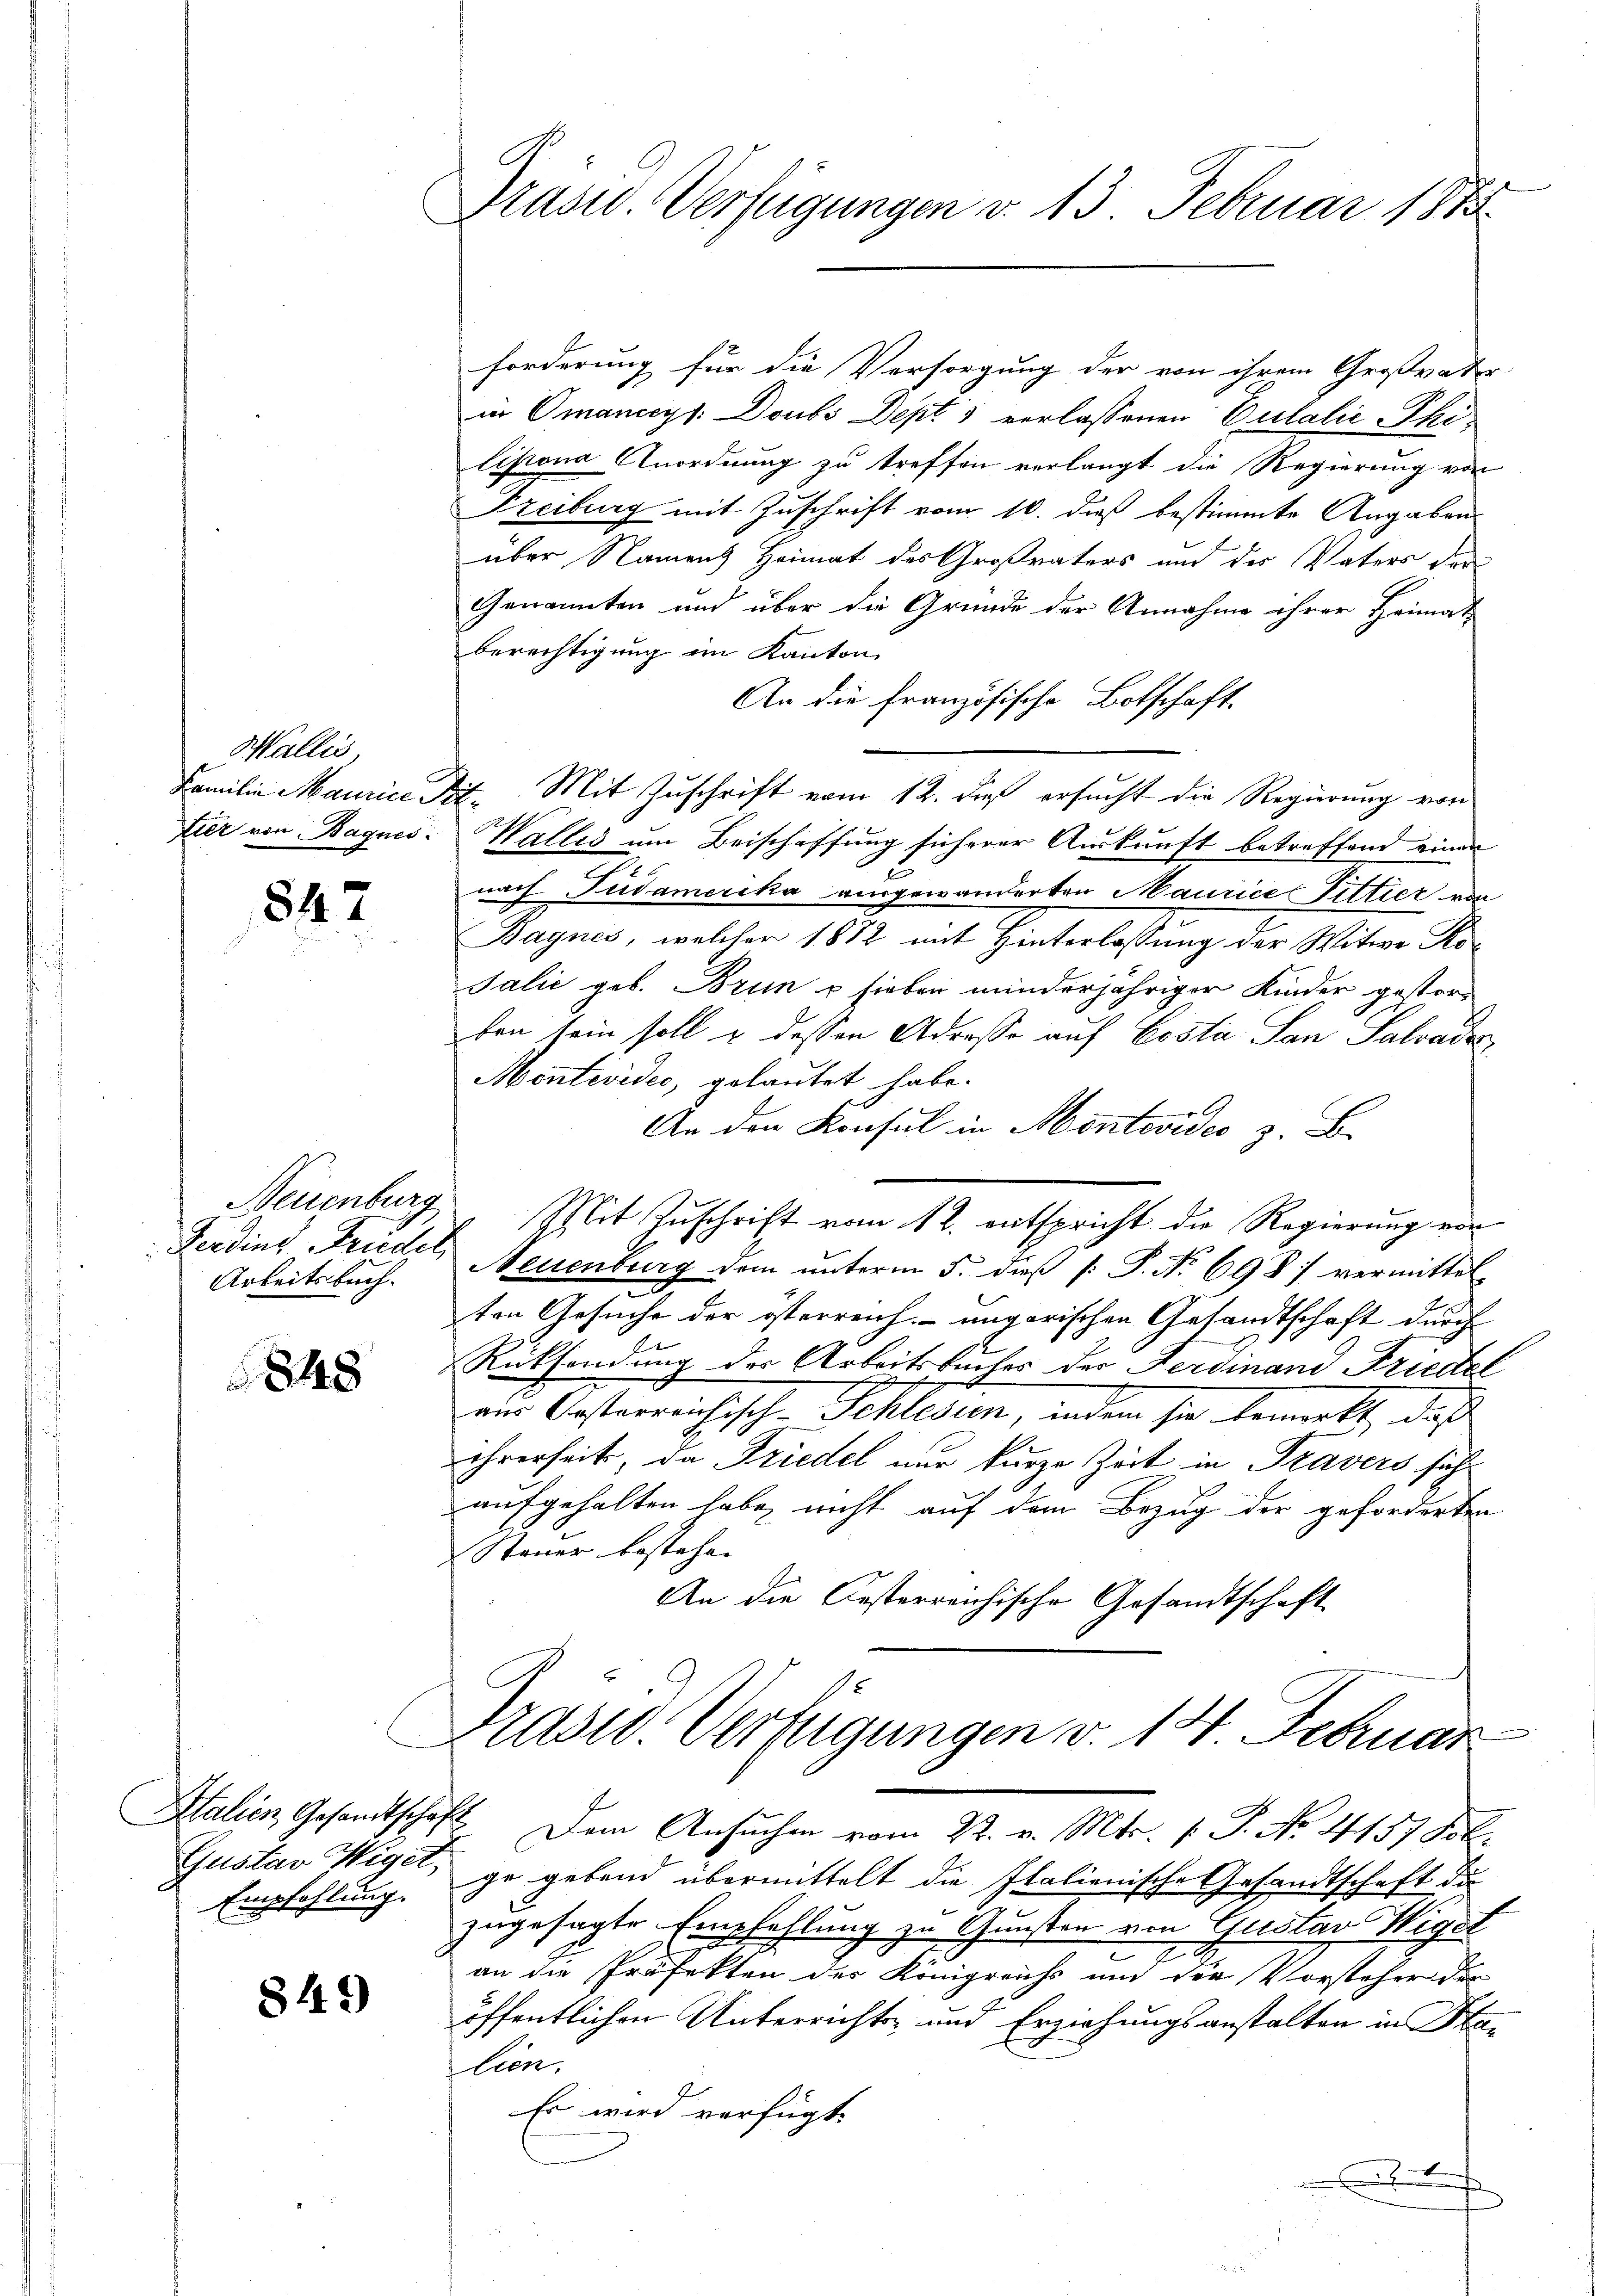
Wallis,

847

Arbeitsbuch.

848

Italien Gesandtschaft
Gustav Wiget,
Empfehlung.

849)

Präsid. Verfügungen v. 13. Februar 1883.

forderung für die Versorgung der von ihrem Großvater
in Omanicys: Doubs Dept 1 verlassenen Eulalić Philipona Anordnung zu treffen verlangt die Regierung von
Freiburg mit Zuschrift vom 10. dieß bestimmte Angaben
über Namens Heimat des Großvaters und der Vaters der
Genannten und über die Grunde der Annahme ihrer Heimat
berechtigung im Kanton
An die französische Botschaft.
Familie Maurice Tit. Mit Zuschrift vom 12. dieß ersucht die Regierung von
Eier von Bagnes Wallis um Beischaffung sicherer Auskunft betreffend einen
nach Pudamerika ausgewanderten Maurice Fittier von
Bagnes, welcher 1872 mit Hinterlassung der Witwe Ro¬
Talić geb. Brun u sieben minderjähriger Kinder gestorfen sein soll & dessen Adresse auf Costa San Salvades,
Montevides, gelautet habe.
An den Konsul in Montevideo z. B.
Neuenburg Mit Zuschrift vom 12. entspricht die Regierung von
Ferding Friedel, Neuenburg dem unterm 5. dieß (: P. No. 6987 vermittel
ten Gesuche der österreich ungarischen Gesandtschaft durch
Rücksendung der Arbeitsbuches der Ferdinand Friedel
ein Oesterrichische Schlesien, indem sie bemelt, daß
ihrerseits, da Friedel nur kurze Zeit in Travers sich
aufgehalten habe, nicht auf dem Bezug der geforderten
Steuer bestehen
An die Oesterreichische Gesandtschaft
Präsid. Verfügungen v. 14 Februar
Dem Ansuchen vom 22. v. Mts. f. P. No. 4157 fol.
ge gebend übermittelt die Italienische Gesandtschaft de
zugesagte Empfehlung zu Gunsten von Gustav Wigel
an die Präfekten des Königreichs und die Vorsteher der
öffentlichen Unterricht und Erziehungsanstalten in Stalien.
Es wird verfügt:
.